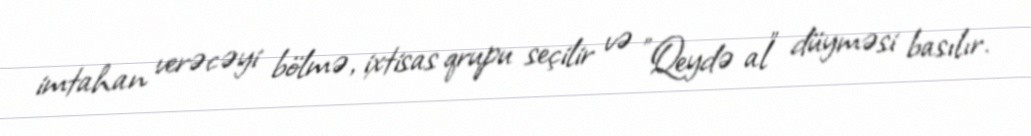
imtahan verəcəyi bölmə, ixtisas qrupu seçilir və "Qeydə al" düyməsi basılır.